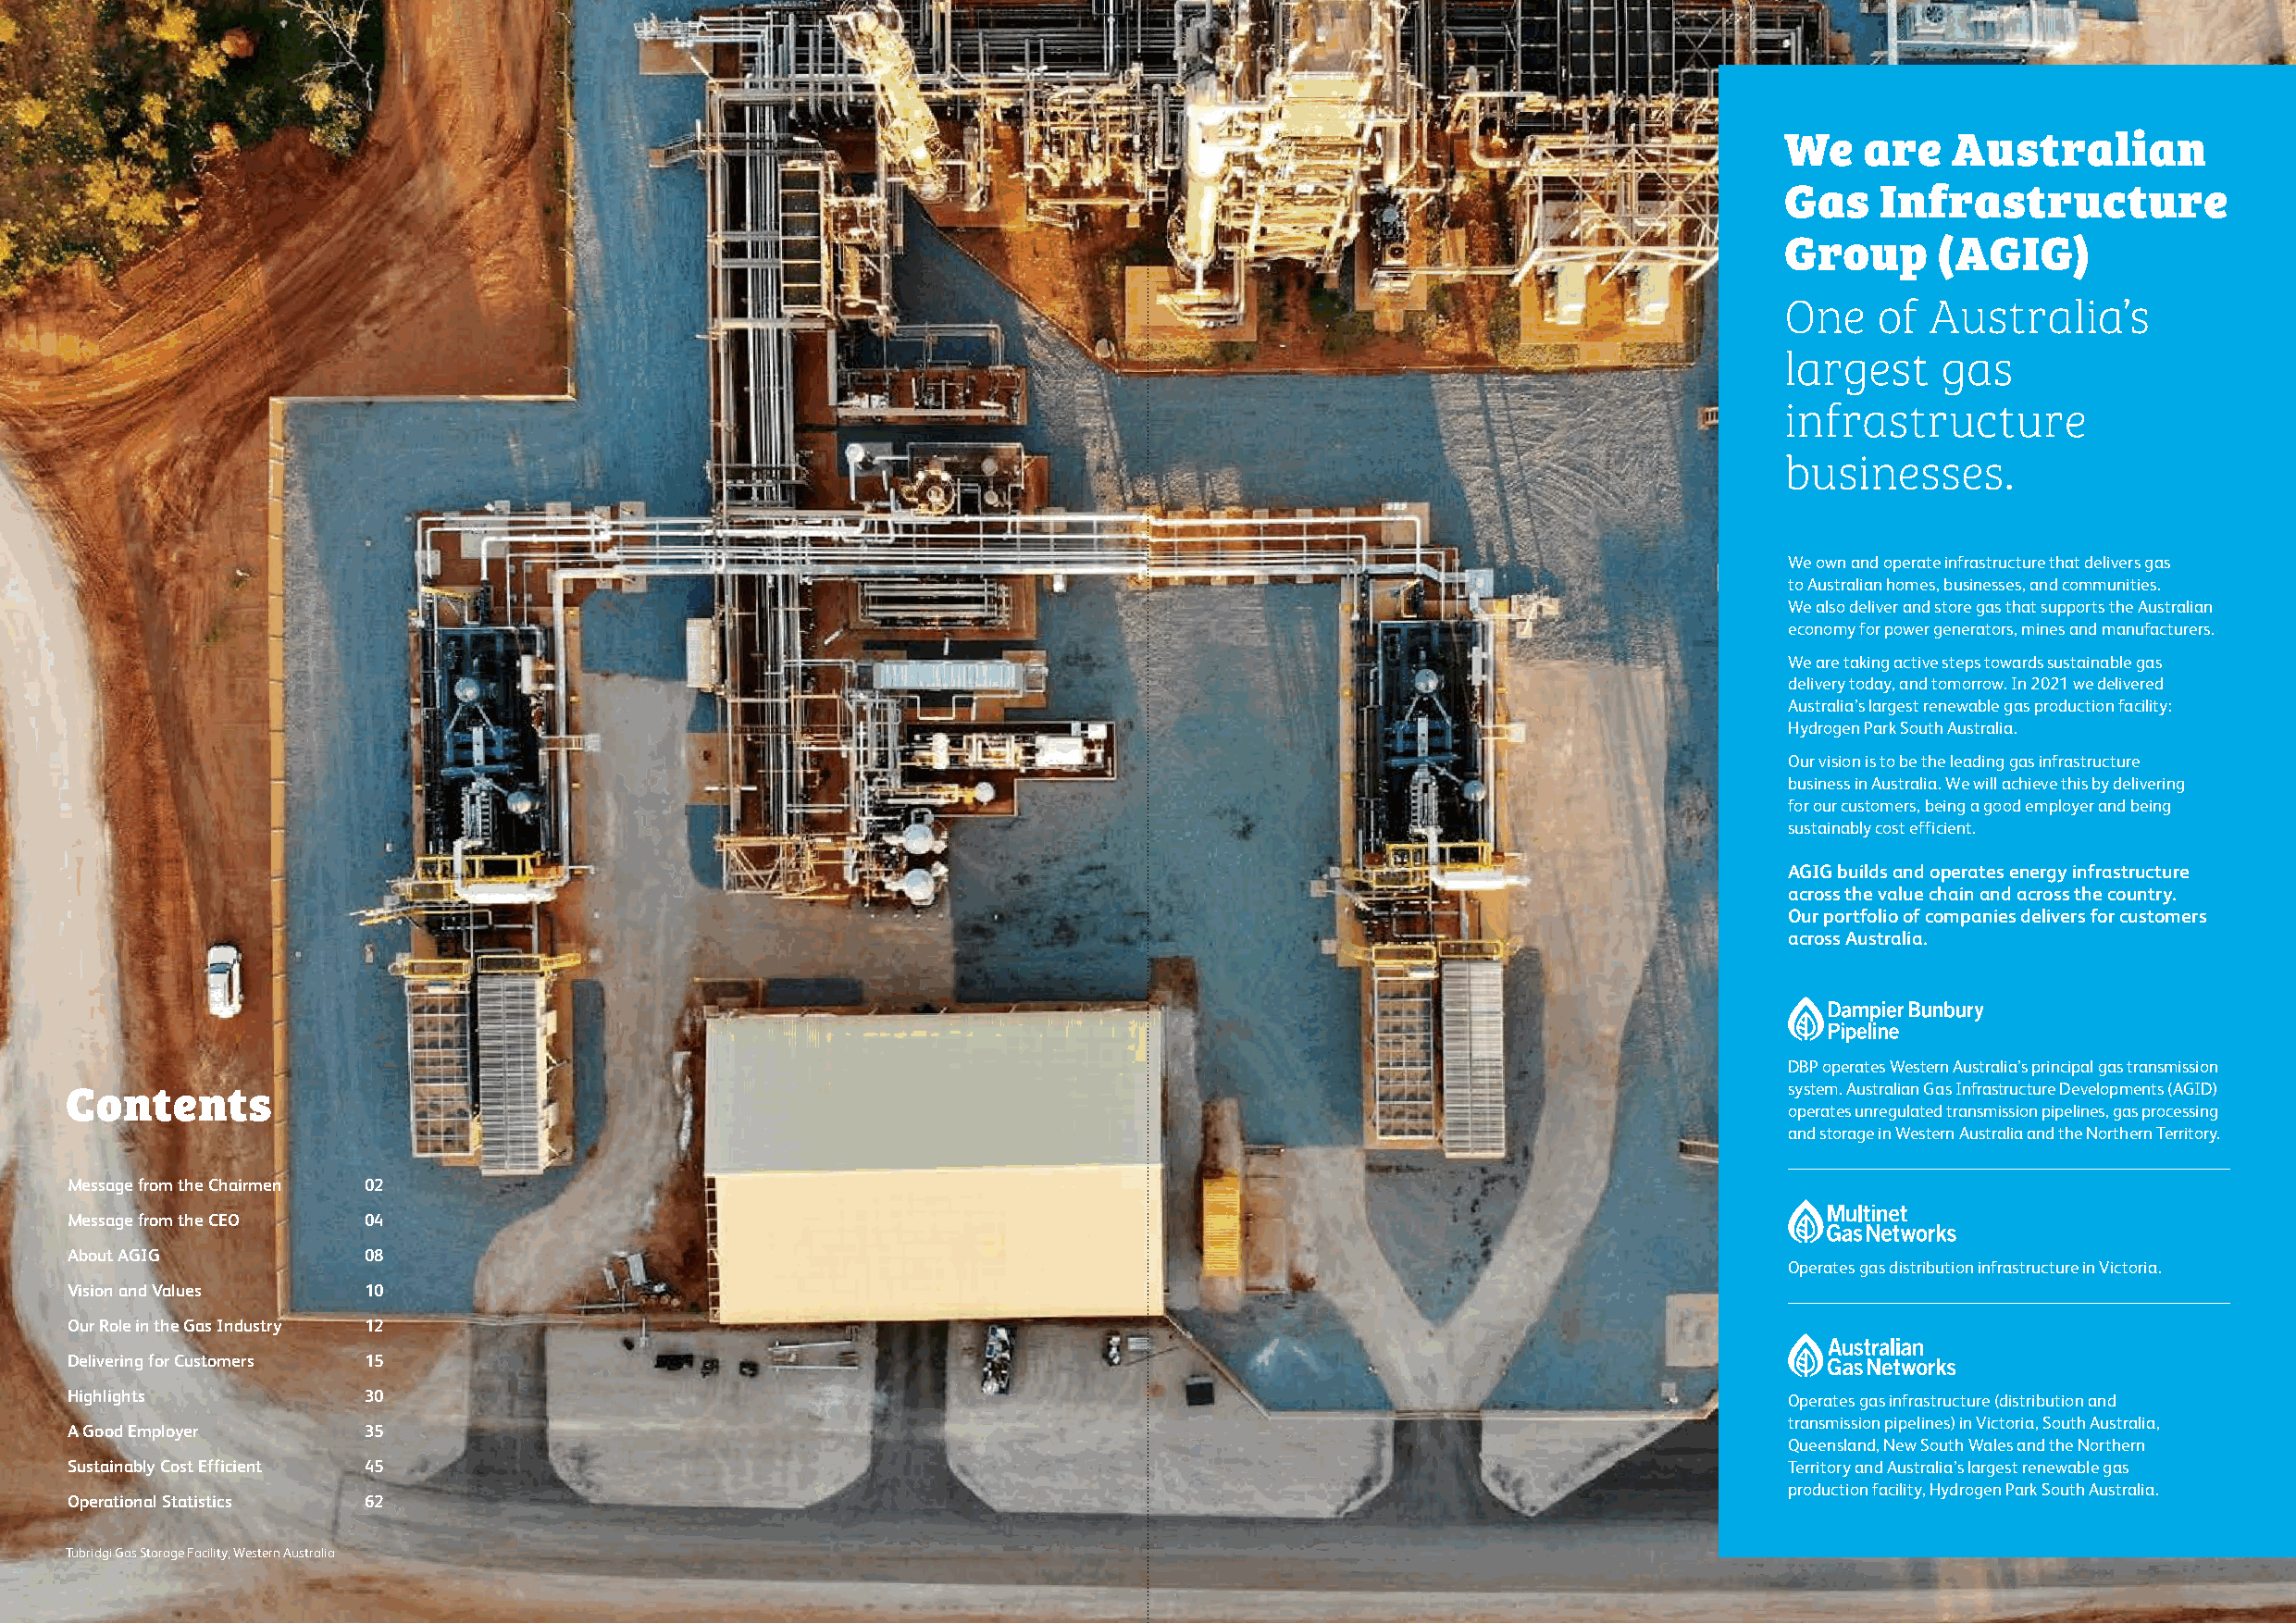
We   are    Australian
 Gas   Infrastructure
 Group      (AGIG)
 One   of  Australia’s
 largest    gas
 infrastructure
 businesses.
 We own and operate infrastructure that delivers gas
 to Australian homes, businesses, and communities.
 We also deliver and store gas that supports the Australian
 economy for power generators, mines and manufacturers.
 We are taking active steps towards sustainable gas
 delivery today, and tomorrow. In 2021 we delivered
 Australia’s largest renewable gas production facility:
 Hydrogen Park South Australia.
 Our vision is to be the leading gas infrastructure
 business in Australia. We will achieve this by delivering
 for our customers, being a good employer and being
 sustainably cost efficient.
 AGIG builds and operates energy infrastructure
 across the value chain and across the country.
 Our portfolio of companies delivers for customers
 across Australia.
 DBP operates Western Australia’s principal gas transmission
 system. Australian Gas Infrastructure Developments (AGID)
 Contents
 operates unregulated transmission pipelines, gas processing
 and storage in Western Australia and the Northern Territory.
 Message from the Chairmen 02
 Message from the CEO 04
 About AGIG           08
 Operates gas distribution infrastructure in Victoria.
 Vision and Values    10
 Our Role in the Gas Industry 12
 Delivering for Customers 15
 Highlights           30                                                                                                    Operates gas infrastructure (distribution and
 transmission pipelines) in Victoria, South Australia,
 A Good Employer      35
 Queensland, New South Wales and the Northern
 Sustainably Cost Efficient 45                                                                                              Territory and Australia’s largest renewable gas
 production facility, Hydrogen Park South Australia.
 Operational Statistics 62
 Tubridgi Gas Storage Facility, Western Australia